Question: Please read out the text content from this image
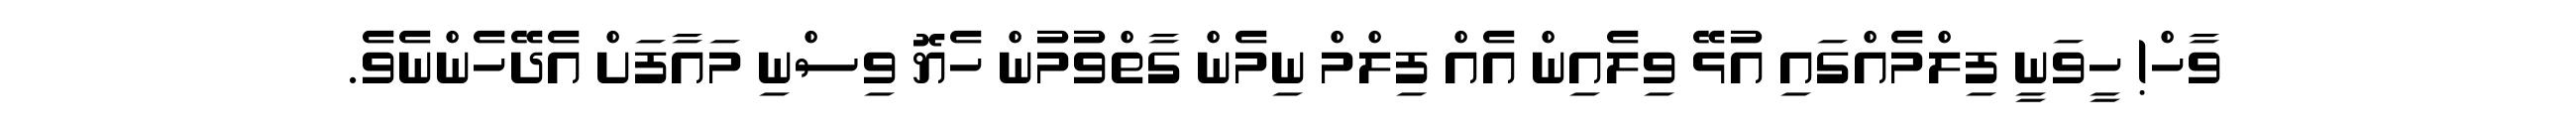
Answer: ވާހް! ހީވަނީ ފިލްމެއްގައި އުޅޭ ވިލެއިން އެއް ފިލްމް ނިމެން ގާތްވުމުން ހެޔޮ ވިސްނި މައާފަށް އެދޭހެންނެވެ.